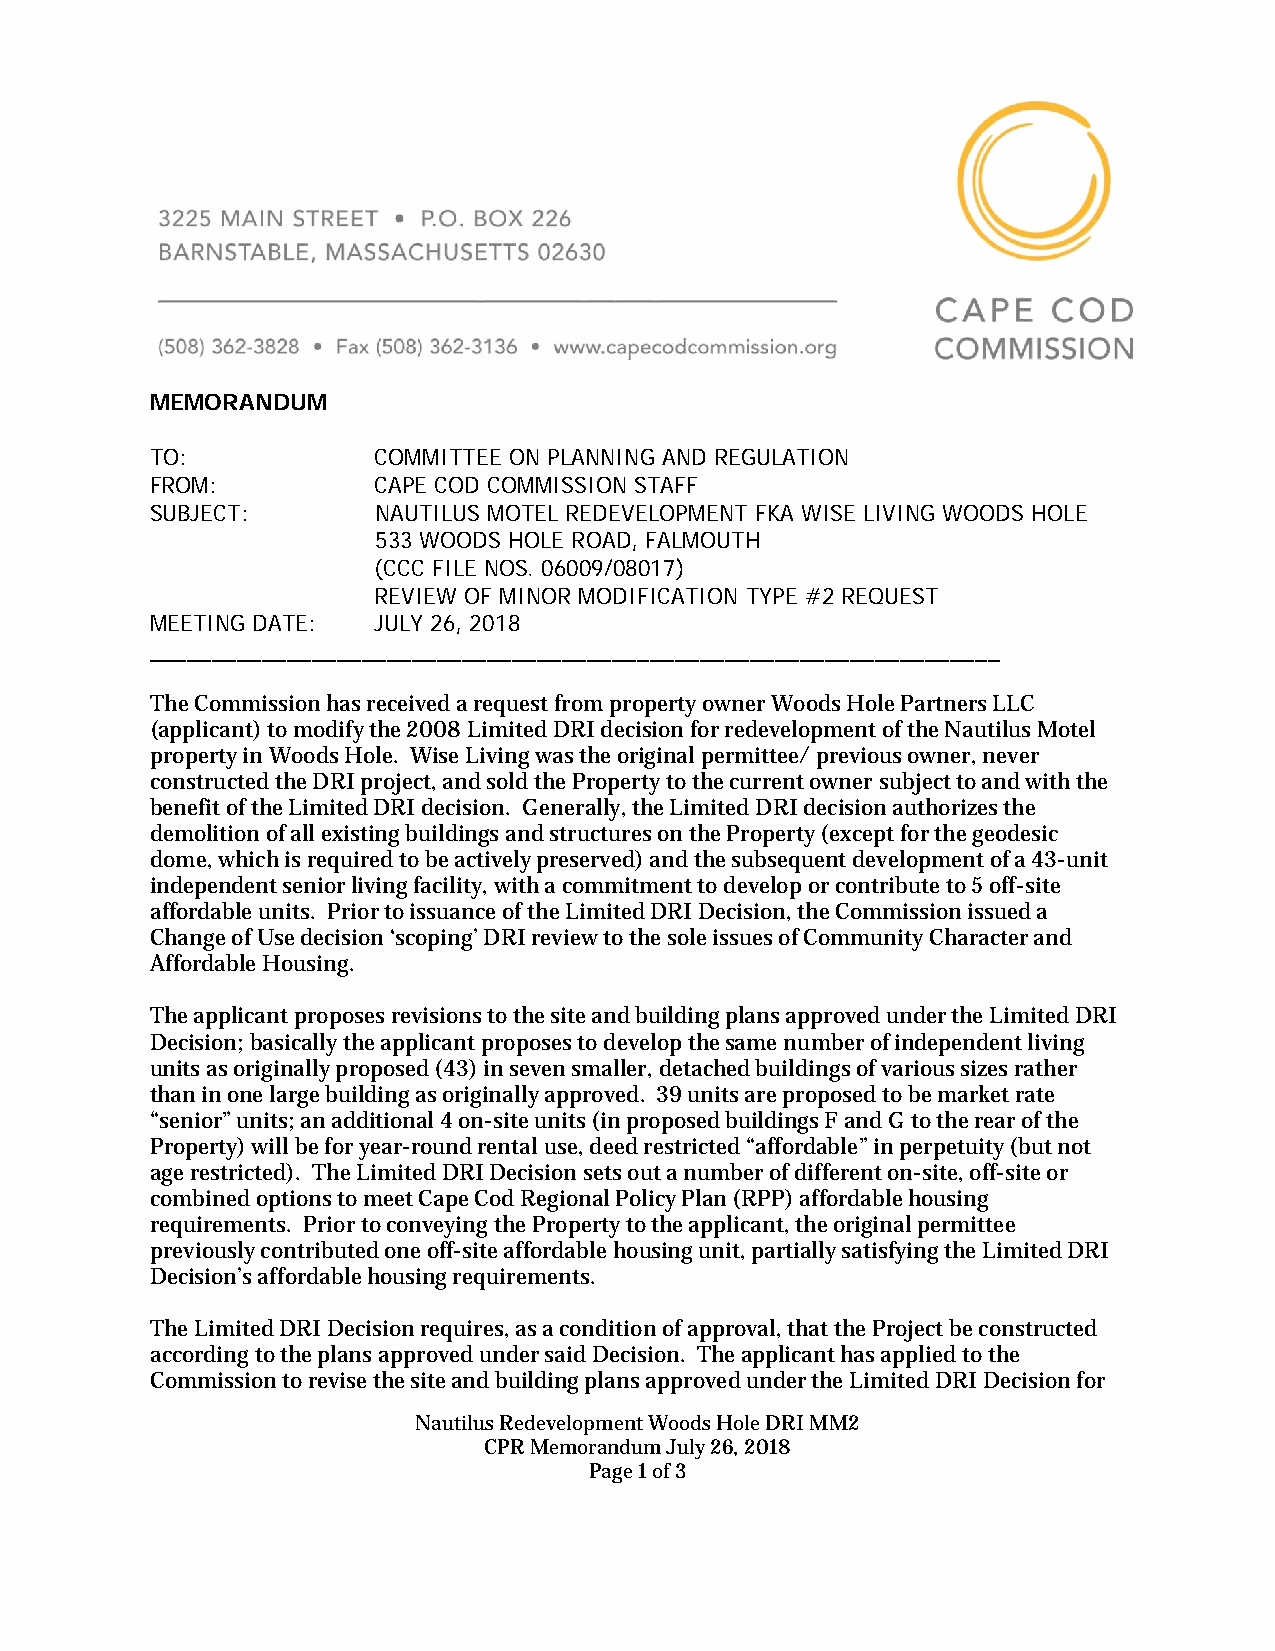
MEMORANDUM
 TO:            COMMITTEE ON PLANNING AND REGULATION
 FROM:          CAPE COD COMMISSION STAFF
 SUBJECT:       NAUTILUS MOTEL REDEVELOPMENT FKA WISE LIVING WOODS HOLE
 533 WOODS HOLE ROAD, FALMOUTH
 (CCC FILE NOS. 06009/08017)
 REVIEW OF MINOR MODIFICATION TYPE #2 REQUEST
 MEETING DATE:  JULY 26, 2018
 ____________________________________________________________________
 The Commission has received a request from property owner Woods Hole Partners LLC
 (applicant) to modify the 2008 Limited DRI decision for redevelopment of the Nautilus Motel
 property in Woods Hole. Wise Living was the original permittee/ previous owner, never
 constructed the DRI project, and sold the Property to the current owner subject to and with the
 benefit of the Limited DRI decision. Generally, the Limited DRI decision authorizes the
 demolition of all existing buildings and structures on the Property (except for the geodesic
 dome, which is required to be actively preserved) and the subsequent development of a 43-unit
 independent senior living facility, with a commitment to develop or contribute to 5 off-site
 affordable units. Prior to issuance of the Limited DRI Decision, the Commission issued a
 Change of Use decision ‘scoping’ DRI review to the sole issues of Community Character and
 Affordable Housing.
 The applicant proposes revisions to the site and building plans approved under the Limited DRI
 Decision; basically the applicant proposes to develop the same number of independent living
 units as originally proposed (43) in seven smaller, detached buildings of various sizes rather
 than in one large building as originally approved. 39 units are proposed to be market rate
 “senior” units; an additional 4 on-site units (in proposed buildings F and G to the rear of the
 Property) will be for year-round rental use, deed restricted “affordable” in perpetuity (but not
 age restricted). The Limited DRI Decision sets out a number of different on-site, off-site or
 combined options to meet Cape Cod Regional Policy Plan (RPP) affordable housing
 requirements. Prior to conveying the Property to the applicant, the original permittee
 previously contributed one off-site affordable housing unit, partially satisfying the Limited DRI
 Decision’s affordable housing requirements.
 The Limited DRI Decision requires, as a condition of approval, that the Project be constructed
 according to the plans approved under said Decision. The applicant has applied to the
 Commission to revise the site and building plans approved under the Limited DRI Decision for
 Nautilus Redevelopment Woods Hole DRI MM2
 CPR Memorandum July 26, 2018
 Page 1 of 3